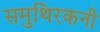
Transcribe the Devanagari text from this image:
समुथिरकनी